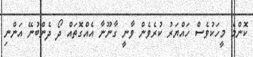
ކޮންމެ މީހަކުވެސް ހައްޔަރު ކުރެވެން ވާނީ ގާނޫނާ އެއްގޮތައް ދޯ ދެންބުނޭ އަންނި